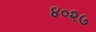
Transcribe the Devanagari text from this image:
४०२७